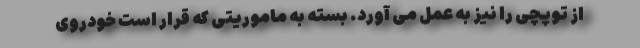
از توپچی را نیز به عمل می آورد. بسته به ماموریتی که قرار است خودروی